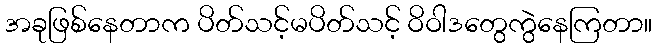
အခုဖြစ်နေတာက ပိတ်သင့်မပိတ်သင့် ဝိဝါဒတွေကွဲနေကြတာ။